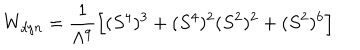
W _ { d y n } = \frac { 1 } { \Lambda ^ { 9 } } \Big [ ( S ^ { 4 } ) ^ { 3 } + ( S ^ { 4 } ) ^ { 2 } ( S ^ { 2 } ) ^ { 2 } + ( S ^ { 2 } ) ^ { 6 } \Big ]